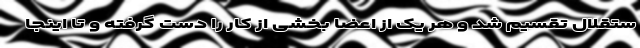
ستقلال تقسیم شد و هر یک از اعضا بخشی از کار را دست گرفته و تا اینجا